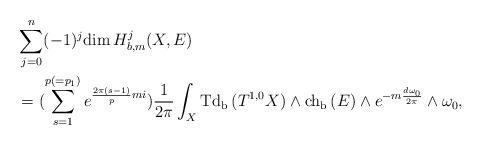
LaTeX: \begin{align*} &\sum^n_{j=0}(-1)^j\mathrm{dim\,}H^j_{b,m}(X,E) \\&=(\sum^{p(=p_1)}_{s=1}e^{\frac{2\pi(s-1)}{p}mi})\frac{1}{2\pi}\int_X\mathrm{Td_b\,}(T^{1,0}X)\wedge\mathrm{ch_b\,}(E)\wedge e^{-m\frac{d\omega_0}{2\pi}}\wedge\omega_0,\end{align*}